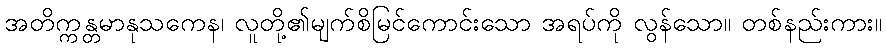
အတိက္ကန္တမာနုသကေန၊ လူတို့၏မျက်စိမြင်ကောင်းသော အရပ်ကို လွန်သော။ တစ်နည်းကား။